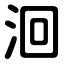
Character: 洄